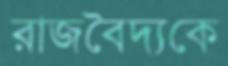
রাজবৈদ্যকে